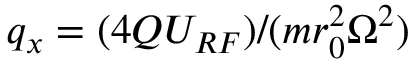
q _ { x } = ( 4 Q U _ { R F } ) / ( m r _ { 0 } ^ { 2 } \Omega ^ { 2 } )